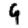
Digit: 9